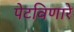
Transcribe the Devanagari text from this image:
पेटविणारे